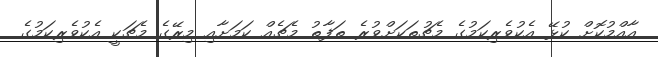
އާއްމުކޮށް ކުޅޭ އެކުވެރިކަމުގެ މެޗުތަކަށްވުރެ ތަފާތު މެޗެއް ކަމަށާއި މިރޭގެ މެޗަކީ އެކުވެރިކަމުގެ